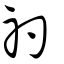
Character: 礿